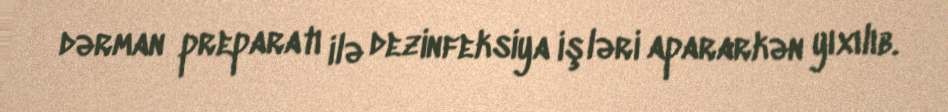
dərman preparatı ilə dezinfeksiya işləri apararkən yıxılıb.